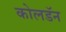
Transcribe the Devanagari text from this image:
कोलडॅन